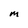
Character: M